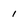
Character: 1